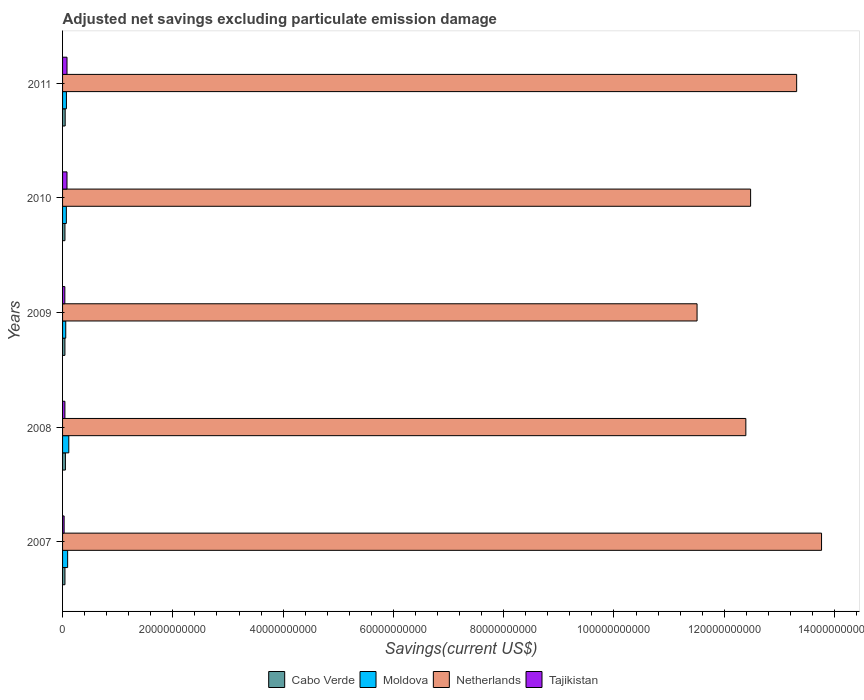
| Years | Cabo Verde | Moldova | Netherlands | Tajikistan |
 | --- | --- | --- | --- | --- |
 | 2007 | 4.34e+08 | 9.2e+08 | 1.38e+11 | 2.83e+08 |
 | 2008 | 5.15e+08 | 1.13e+09 | 1.24e+11 | 4.25e+08 |
 | 2009 | 4.26e+08 | 5.76e+08 | 1.15e+11 | 4.13e+08 |
 | 2010 | 4.32e+08 | 6.85e+08 | 1.25e+11 | 8.05e+08 |
 | 2011 | 4.72e+08 | 6.98e+08 | 1.33e+11 | 8.06e+08 |